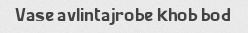
Vase avlintajrobe khob bod